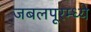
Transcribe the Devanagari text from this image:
जबलपूरम्ध्ये